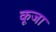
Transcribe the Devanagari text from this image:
कूजा